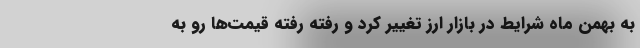
به بهمن ماه شرایط در بازار ارز تغییر کرد و رفته رفته قیمت‌ها رو به